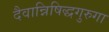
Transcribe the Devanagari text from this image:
दैवान्निषिद्धगुरुगा